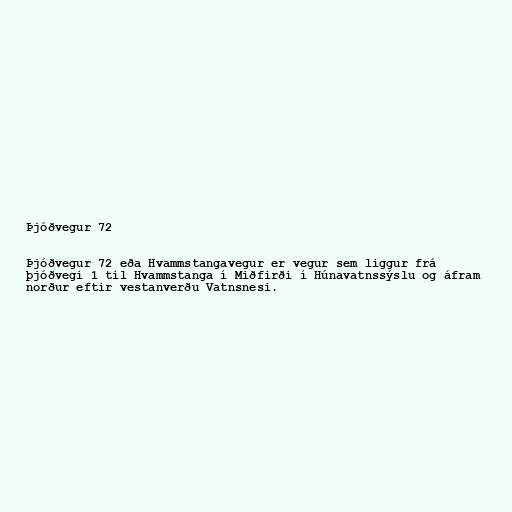
Þjóðvegur 72

Þjóðvegur 72 eða Hvammstangavegur er vegur sem liggur frá
þjóðvegi 1 til Hvammstanga í Miðfirði í Húnavatnssýslu og áfram
norður eftir vestanverðu Vatnsnesi.